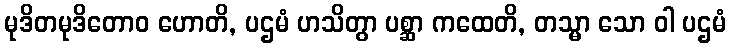
မုဒိတမုဒိတောဝ ဟောတိ, ပဌမံ ဟသိတွာ ပစ္ဆာ ကထေတိ, တသ္မာ သော ဝါ ပဌမံ